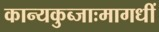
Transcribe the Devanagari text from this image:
कान्यकुब्जाःमागधीं